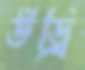
উড্রি